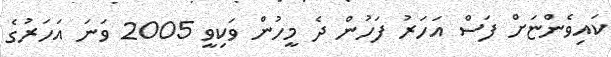
ކައިވެންޏަށް ފަސް އަހަރު ފަހުން ދެ މީހުން ވަކިވީ 2005 ވަނަ އަހަރުގެ